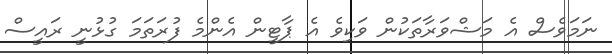
ނަމަވެސް އެ މަޝްވަރާތަކުން ވަކިވެ އެ ޕާޓީން އެންމެ ފުރަތަމަ ގުޅުނީ ރައީސް